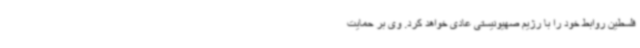
فلسطین روابط خود را با رژیم صهیونیستی عادی خواهد کرد. وی بر حمایت